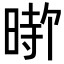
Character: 𪰰